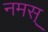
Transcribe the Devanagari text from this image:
नमस्‌